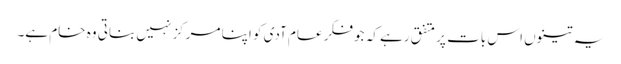
یہ تینوں اس بات پر متفق رہے کہ جو فکر عام آدی کو اپنا مرکز نہیں بناتی وہ خام ہے۔